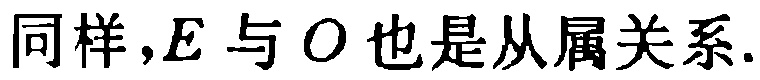
同样，$E$ 与 $O$ 也是从属关系.